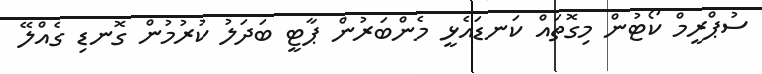
ސުޕްރީމް ކޯޓުން މިގޮތައް ކަނޑައެޅީ މެންބަރުން ޕާޓީ ބަދަލު ކުރުމުން ގޮނޑި ގެއްލޭ